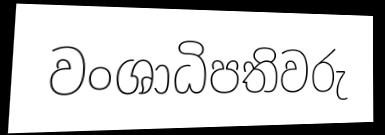
වංශාධිපතිවරු